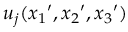
{ u _ { j } } ( { x _ { 1 } } ^ { \prime } , { x _ { 2 } } ^ { \prime } , { x _ { 3 } } ^ { \prime } )